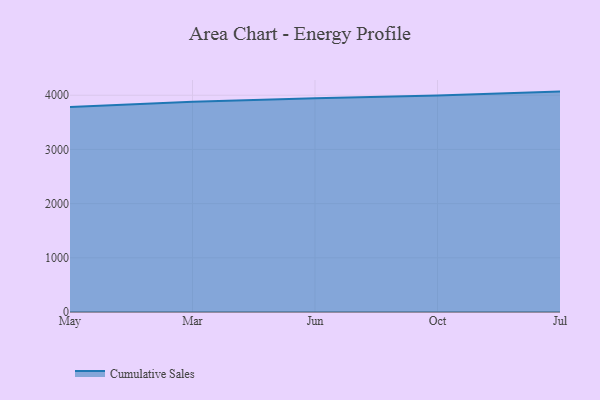
{"axis": {"x": "Month", "y": "Website Visitors"}, "legend": ["Cumulative Sales"], "data": [{"x": "May", "y": 3782.4, "type": "Cumulative Sales"}, {"x": "Mar", "y": 3878.5, "type": "Cumulative Sales"}, {"x": "Jun", "y": 3943.5, "type": "Cumulative Sales"}, {"x": "Oct", "y": 3994.7, "type": "Cumulative Sales"}, {"x": "Jul", "y": 4067.3, "type": "Cumulative Sales"}]}